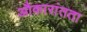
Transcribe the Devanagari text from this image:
औकारांतता